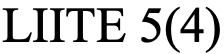
LIITE 5(4)